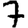
Digit: 7